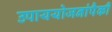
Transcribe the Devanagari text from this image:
उपाययोजनांपैकी